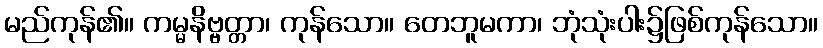
မည်ကုန်၏။ ကမ္မနိဗ္ဗတ္တာ၊ ကုန်သော။ တေဘူမကာ၊ ဘုံသုံးပါး၌ဖြစ်ကုန်သော။